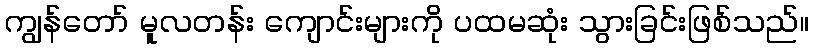
ကျွန်တော် မူလတန်း ကျောင်းများကို ပထမဆုံး သွားခြင်းဖြစ်သည်။